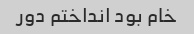
خام بود انداختم دور